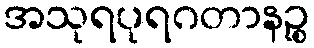
အသုရပုရဂတာနဉ္စ